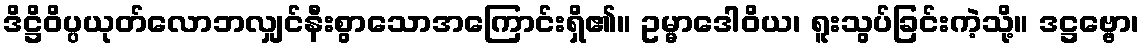
ဒိဋ္ဌိဝိပ္ပယုတ်လောဘလျှင်နီးစွာသောအကြောင်းရှိ၏။ ဥမ္မာဒေါဝိယ၊ ရူးသွပ်ခြင်းကဲ့သို့။ ဒဋ္ဌဗ္ဗော၊